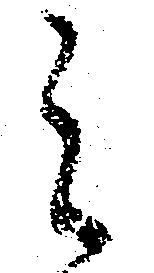
之